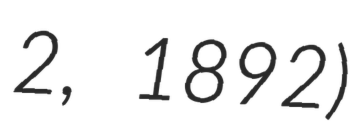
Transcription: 2, 1892)